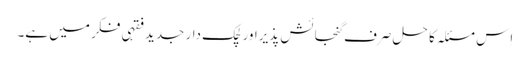
اِس مسئلہ کا حل صرف گنجائش پذیراور لچک دار جدید فقہی فکر میں ہے۔